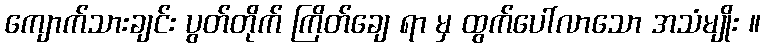
ကျောက်သားချင်း ပွတ်တိုက် ကြိတ်ချေ ရာ မှ ထွက်ပေါ်လာသော အသံမျိုး ။